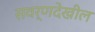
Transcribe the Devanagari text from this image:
सवर्णदेखील